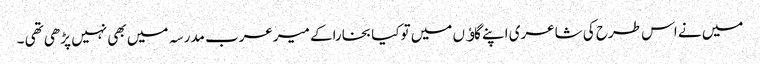
میں نے اس طرح کی شاعری اپنے گاﺅں میں توکیا بخاراکے میرعرب مدرسہ میں بھی نہیں پڑھی تھی ۔